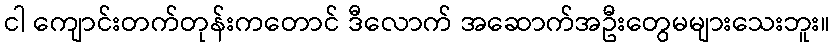
ငါ ကျောင်းတက်တုန်းကတောင် ဒီလောက် အဆောက်အဦးတွေမများသေးဘူး။